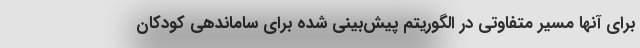
برای آنها مسیر متفاوتی در الگوریتم پیش‌بینی شده برای ساماندهی کودکان